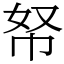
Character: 帑